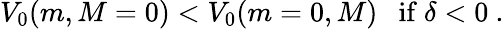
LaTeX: V_{0}(m,M=0)<V_{0}(m=0,M)~~~\mathrm{if}~\delta<0~.